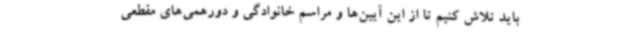
باید تلاش کنیم تا از این آیین‌ها و مراسم خانوادگی و دورهمی‌های مقطعی